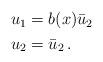
LaTeX: \begin{align*}\begin{aligned}u_1&=b(x)\bar{u}_2\\u_2&=\bar{u}_2\,.\end{aligned}\end{align*}